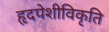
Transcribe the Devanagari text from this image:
हृदपेशीविकृति